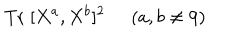
\mathrm { T r } \; [ X ^ { a } , X ^ { b } ] ^ { 2 } \; \; ( a , b \neq 9 )